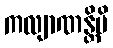
ကလျာဏန္တိပိ